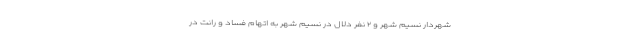
شهردار نسیم شهر و ۲ نفر دلال در نسیم شهر به اتهام فساد و رانت در